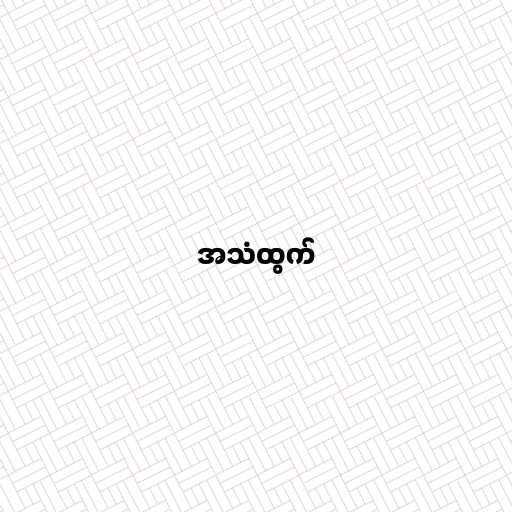
အသံထွက်